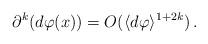
LaTeX: \begin{align*}\partial^k(d\varphi(x))=O(\langle d\varphi\rangle^{1+2k}) \,.\end{align*}